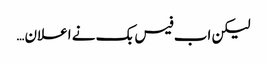
لیکن اب فیس بک نے اعلان…